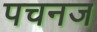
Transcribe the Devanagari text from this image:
पचनज